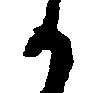
か